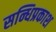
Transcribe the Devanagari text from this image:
सन्धिप्रकाश